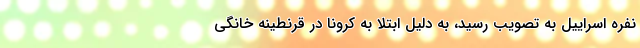
نفره اسراییل به تصویب رسید، به دلیل ابتلا به کرونا در قرنطینه خانگی